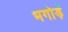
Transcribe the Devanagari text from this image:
भगोड़ें